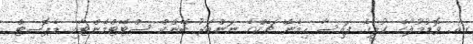
ގއ. ވޮޑުމުލާގެ ކުލީގެ ފައިސާ ހިމެނޭ ޗެކްގެ ނަންބަރު ބޭންކް ސްޓޭޓްމެންޓާއި ޑެޕޮސިޓް